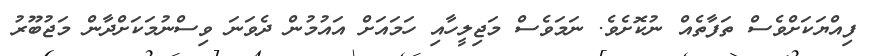
ފިއްޔަކަށްވެސް ތަފާތެއް ނުކޮށެވެ. ނަމަވެސް މަޖިލީހާއި ހަމައަށް އައުމުން ދެވަނަ ވިސްނުމަކަށްދާން މަޖުބޫރު